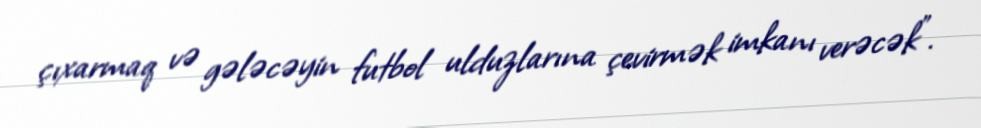
çıxarmaq və gələcəyin futbol ulduzlarına çevirmək imkanı verəcək”.